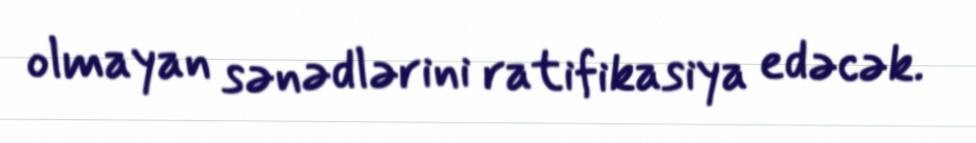
olmayan sənədlərini ratifikasiya edəcək.